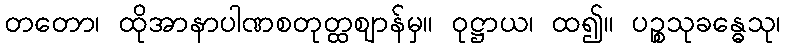
တတော၊ ထိုအာနာပါဏစတုတ္ထဈာန်မှ။ ဝုဋ္ဌာယ၊ ထ၍။ ပဉ္စသုခန္ဓေသု၊